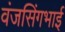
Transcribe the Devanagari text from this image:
वंजसिंगभाई